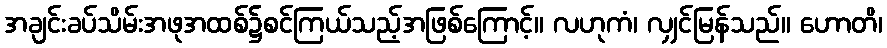
အချင်းခပ်သိမ်းအဖုအထစ်၌စင်ကြယ်သည့်အဖြစ်ကြောင့်။ လဟုကံ၊ လျှင်မြန်သည်။ ဟောတိ၊